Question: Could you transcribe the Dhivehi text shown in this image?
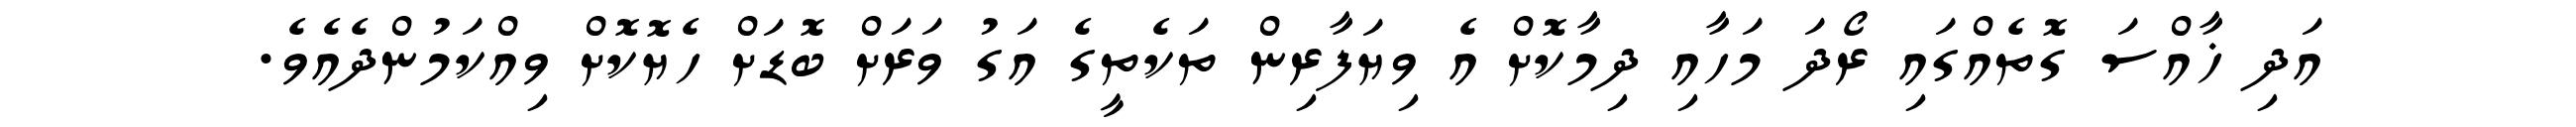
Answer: އަދި ޚާއްސަ ގޮތެއްގައި ރޯދަ މަހާއި ދިމާކޮށް އެ ވިޔަފާރިން ތަކެތީގެ އަގު ވަރަށް ބޮޑަށް ހެޔޮކޮށް ވިއްކަމުންދެއެވެ.